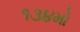
૧૩૪મો